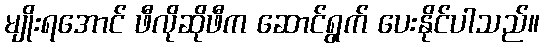
မျိုးရအောင် ဖီလိုဆိုဖီက ဆောင်ရွက် ပေးနိုင်ပါသည်။